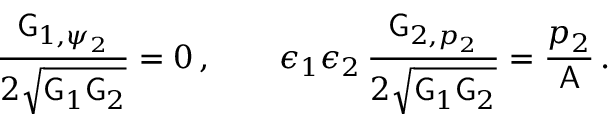
\frac { \mathsf { G } _ { 1 , \psi _ { 2 } } } { 2 \sqrt { \mathsf { G } _ { 1 } \mathsf { G } _ { 2 } } } = 0 \, , \qquad \epsilon _ { 1 } \epsilon _ { 2 } \, \frac { \mathsf { G } _ { 2 , p _ { 2 } } } { 2 \sqrt { \mathsf { G } _ { 1 } \mathsf { G } _ { 2 } } } = \frac { p _ { 2 } } { \mathsf { A } } \, .